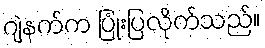
ဂျဲနက်က ပြုံးပြလိုက်သည်။